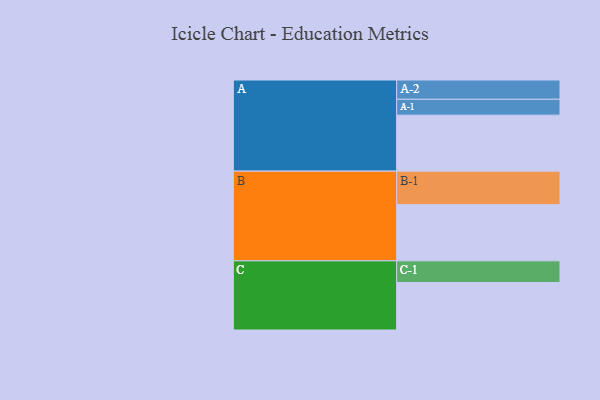
{"axis": {"x": "Segment", "y": "Value"}, "legend": ["", "A", "B", "C"], "data": [{"x": "A", "y": 395, "type": ""}, {"x": "B", "y": 396, "type": ""}, {"x": "C", "y": 335, "type": ""}, {"x": "A-1", "y": 112, "type": "A"}, {"x": "A-2", "y": 136, "type": "A"}, {"x": "B-1", "y": 237, "type": "B"}, {"x": "C-1", "y": 153, "type": "C"}]}